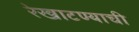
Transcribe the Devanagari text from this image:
रेखाटण्याची